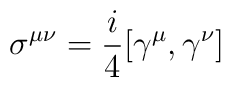
\sigma^{\mu\nu}=\frac{i}{4}[\gamma^{\mu},\gamma^{\nu}]\label 7